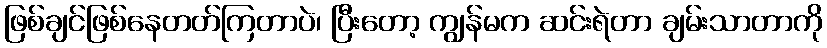
ဖြစ်ချင်ဖြစ်နေတတ်ကြတာပဲ၊ ပြီးတော့ ကျွန်မက ဆင်းရဲတာ ချမ်းသာတာကို